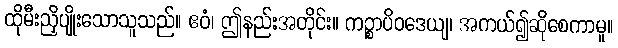
ထိုမီးညှိပျိုးသောသူသည်။ ဧဝံ၊ ဤနည်းအတိုင်း။ ကဉ္စာပိဝဒေယျ၊ အကယ်၍ဆိုစေကာမူ။